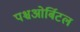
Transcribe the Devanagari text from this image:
पश्चओर्बिटल